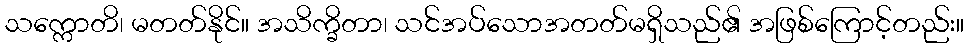
သက္ကောတိ၊ မတတ်နိုင်။ အသိက္ခိတာ၊ သင်အပ်သောအတတ်မရှိသည်၏ အဖြစ်ကြောင့်တည်း။